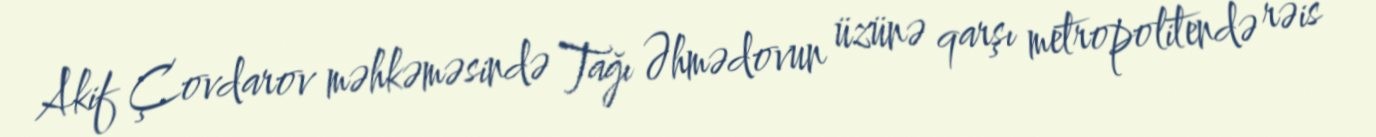
Akif Çovdarov məhkəməsində Tağı Əhmədovun üzünə qarşı metropolitendə rəis